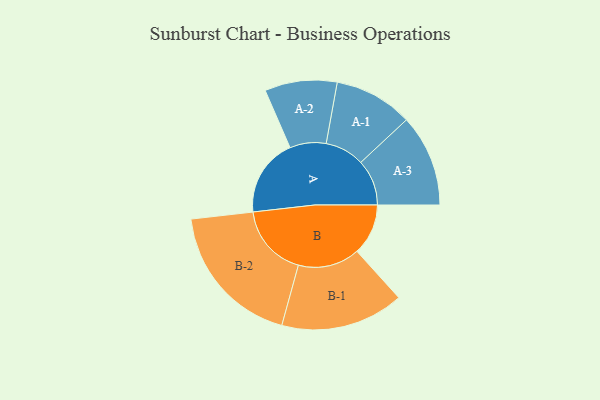
{"axis": {"x": "Segment", "y": "Value"}, "legend": ["", "A", "B"], "data": [{"x": "A", "y": 270, "type": ""}, {"x": "B", "y": 177, "type": ""}, {"x": "A-1", "y": 136, "type": "A"}, {"x": "A-2", "y": 125, "type": "A"}, {"x": "A-3", "y": 159, "type": "A"}, {"x": "B-1", "y": 213, "type": "B"}, {"x": "B-2", "y": 252, "type": "B"}]}